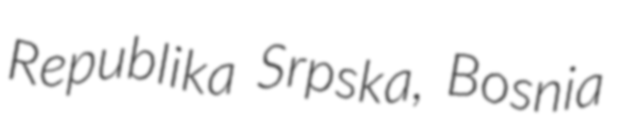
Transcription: Republika Srpska, Bosnia